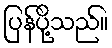
ပြန်ပို့သည်။